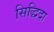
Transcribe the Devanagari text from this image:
सिद्धिदा